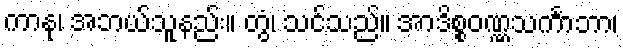
ကာနု၊ အဘယ်သူနည်း။ တွံ၊ သင်သည်။ အာဒိစ္စဝဏ္ဏသင်္ကာဘာ၊